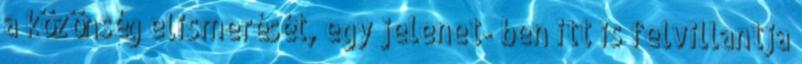
a közönség elismerését, egy jelenet- ben itt is felvillantja